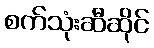
စက်သုံးဆီဆိုင်